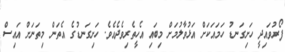
ފޯރުވައިދީ ހަށިގަނޑު ހަމައަކަށް އަޅުވާލުމަށް މިބައި އެހީތެރިވެދެއެވެ. ހަށިގަނޑުގެ އެތަން މިތަނަށް އައިސް